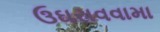
ઉઘરાવવામા